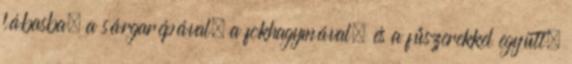
lábasba, a sárgarépával, a fokhagymával, és a fűszerekkel együtt.